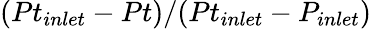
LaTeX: (Pt_{inlet}-Pt)/(Pt_{inlet}-P_{inlet})